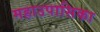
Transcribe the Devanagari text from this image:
महाउपासिका